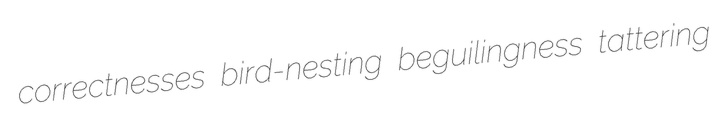
correctnesses bird-nesting beguilingness tattering